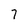
Character: 7